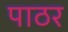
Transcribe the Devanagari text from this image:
पाठर